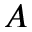
A